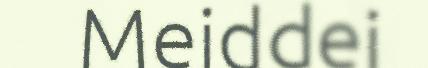
Meiddei